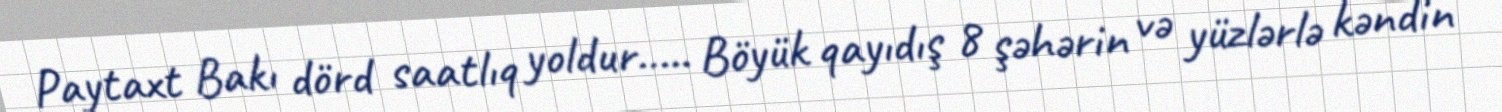
Paytaxt Bakı dörd saatlıq yoldur….. Böyük qayıdış 8 şəhərin və yüzlərlə kəndin